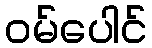
ဝမ်ပေါင်